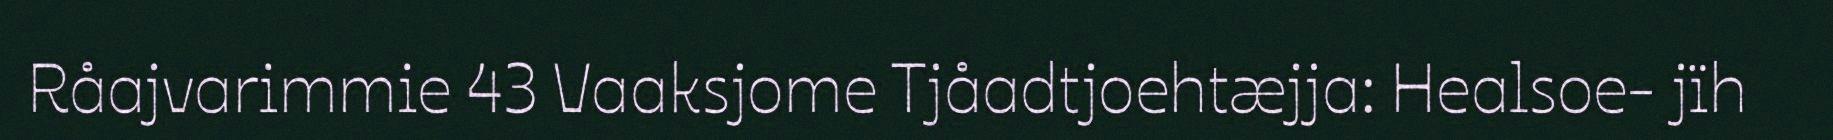
Råajvarimmie 43 Vaaksjome Tjåadtjoehtæjja: Healsoe- jïh